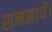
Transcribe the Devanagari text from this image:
समझायें।